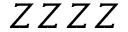
Z Z Z Z